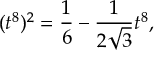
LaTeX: \xi ^ { ( 0 ) } ( { \bf p } , { \alpha } , { \bf n } ) = \frac { 1 } { ( 2 \pi ) ^ { 3 / 2 } } [ ( p n ) / m ] ^ { - 1 + i \alpha } ,